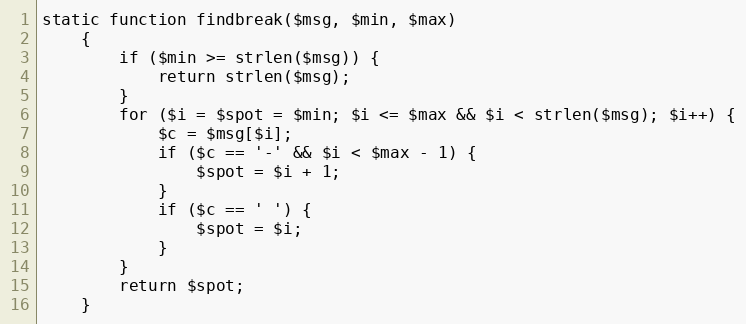
Language: PHP
static function findbreak($msg, $min, $max)
    {
        if ($min >= strlen($msg)) {
            return strlen($msg);
        }
        for ($i = $spot = $min; $i <= $max && $i < strlen($msg); $i++) {
            $c = $msg[$i];
            if ($c == '-' && $i < $max - 1) {
                $spot = $i + 1;
            }
            if ($c == ' ') {
                $spot = $i;
            }
        }
        return $spot;
    }